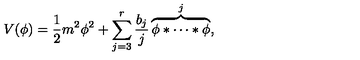
V ( \phi ) = \frac { 1 } { 2 } m ^ { 2 } \phi ^ { 2 } + \sum _ { j = 3 } ^ { r } \frac { b _ { j } } { j } \overbrace { \phi * \cdots * \phi } ^ { j } ,